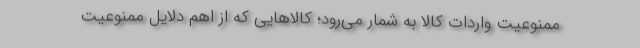
ممنوعیت واردات کالا به شمار می‌رود؛ کالاهایی که از اهم دلایل ممنوعیت